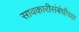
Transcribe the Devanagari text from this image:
सावकारीसंबंधीच्या